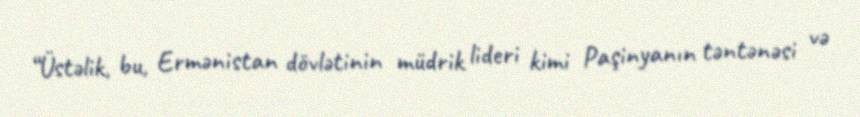
“Üstəlik, bu, Ermənistan dövlətinin müdrik lideri kimi Paşinyanın təntənəsi və